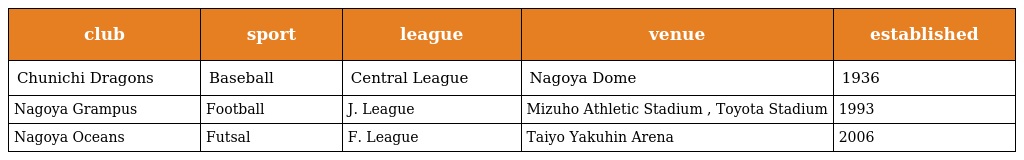
| club | sport | league | venue | established |
 | --- | --- | --- | --- | --- |
 | Chunichi Dragons | Baseball | Central League | Nagoya Dome | 1936 |
 | Nagoya Grampus | Football | J. League | Mizuho Athletic Stadium , Toyota Stadium | 1993 |
 | Nagoya Oceans | Futsal | F. League | Taiyo Yakuhin Arena | 2006 |